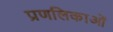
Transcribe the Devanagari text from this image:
प्रणलिकाओं